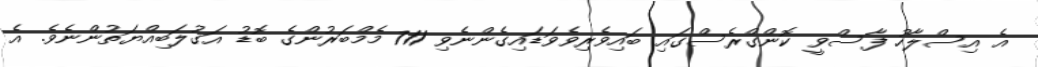
އެ އިސްލާހު ފާސްވީ ކޮންގްރެސްގައި ބައިވެރިވެވަޑައިގެންނެވި 711 މެމްބަރުންގެ ބޮޑު އަގުލަބިއްޔަތުންނެވެ. އެ